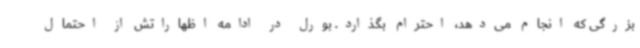
بزرگی که انجام می‌دهد، احترام بگذارد. بورل در ادامه اظهاراتش از احتمال